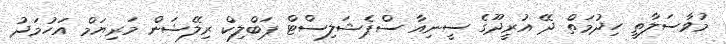
މުވާސަލާތީ ހިދުމަތް ދޭ އުރީދޫގެ ސީނިއާ ސްޕެޝަލިސްޓް ޕަބްލިކް ރިލޭޝަން މަރިޔަމް އަހުމަދު